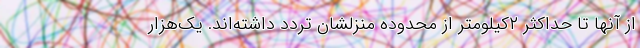
از آنها تا حداکثر ۲کیلومتر از محدوده منزلشان تردد داشته‌اند. یک‌هزار